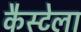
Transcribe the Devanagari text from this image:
कैस्टेला